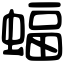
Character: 蝠